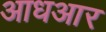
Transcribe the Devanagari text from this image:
आधआर